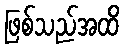
ဖြစ်သည်အထိ